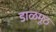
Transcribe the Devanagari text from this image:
डाळमूठ